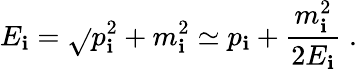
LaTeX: {E_{\mathbf{i}}}=\sqrt{}{{{p_{\mathbf{i}}^{2}}+{m_{\mathbf{i}}^{2}}}}\simeq{p_{\mathbf{i}}}+\frac{{{m_{\mathbf{i}}^{2}}}}{{2{E_{\mathbf{i}}}}}\; .